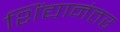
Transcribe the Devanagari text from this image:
शिंद्यानंतर